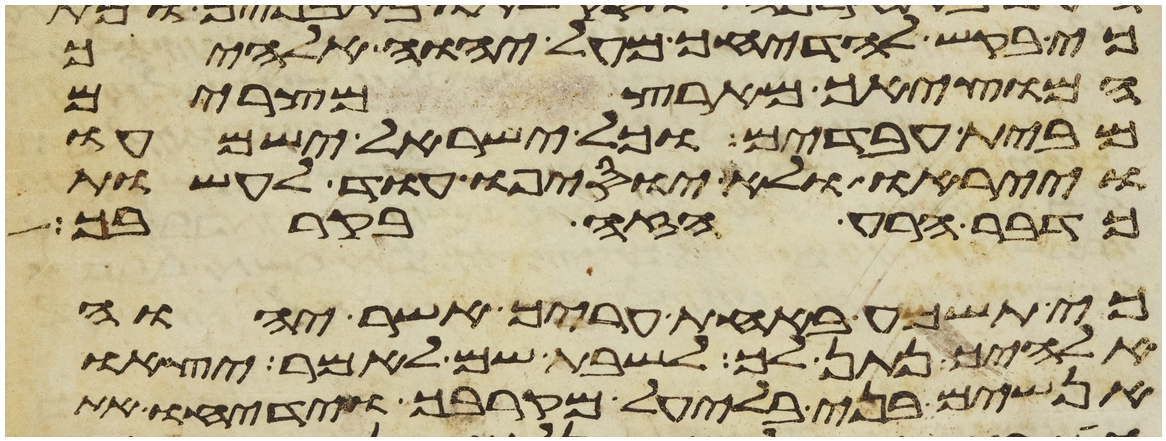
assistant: כי בקש להדיחך מעל יהוה אלהיך
המוציאך מארץ מצרים
מבית עבדים וכל ישראל ישמעו
וייראו ולא יוסיפו עוד לעשות
כדבר הרע הזה בקרבך
כי תשמע באחת עריך אשר יהוה
אלהיך נתן לך לשבת שם לאמר יצאו
אנשים בני בלעיל מקרבך וידיחו את